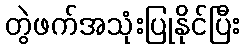
တွဲဖက်အသုံးပြုနိုင်ပြီး